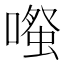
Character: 𫫱